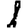
Digit: 1